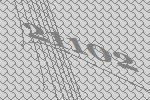
21102